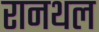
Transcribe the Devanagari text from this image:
रानथल